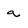
Character: a